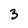
Character: 3